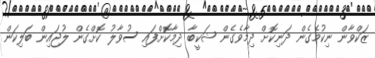
ޒަކްވާން ނިކުމެގެން ދަނިކޮށް ދިމާވެގެން ޝަކީބާ ދިމާކޮށްފައި ސުވާލު ކޮށްގެން ލުޖައިން ބަލިކަން